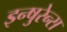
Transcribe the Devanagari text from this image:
इन्षुरेन्स